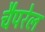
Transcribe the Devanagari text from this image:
चैपरेल